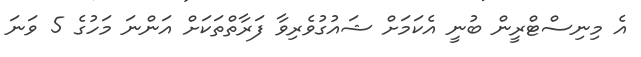
އެ މިނިސްޓްރީން ބުނީ އެކަމަށް ޝައުގުވެރިވާ ފަރާތްތަކަށް އަންނަ މަހުގެ 5 ވަނަ